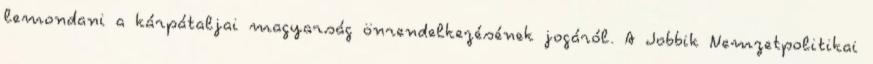
lemondani a kárpátaljai magyarság önrendelkezésének jogáról. A Jobbik Nemzetpolitikai